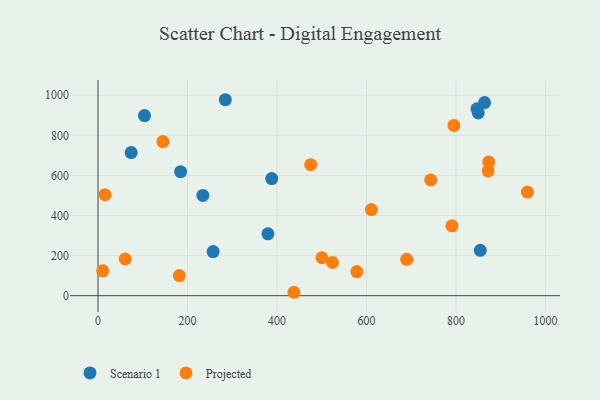
{"axis": {"x": "Ad Spend", "y": "Exam Score"}, "legend": ["Projected", "Scenario 1"], "data": [{"x": "847.0", "y": 932.8, "type": "Scenario 1"}, {"x": "74.1", "y": 714.2, "type": "Scenario 1"}, {"x": "863.9", "y": 963.6, "type": "Scenario 1"}, {"x": "257.3", "y": 220.1, "type": "Scenario 1"}, {"x": "184.6", "y": 618.7, "type": "Scenario 1"}, {"x": "388.3", "y": 584.1, "type": "Scenario 1"}, {"x": "234.3", "y": 500.5, "type": "Scenario 1"}, {"x": "379.8", "y": 308.7, "type": "Scenario 1"}, {"x": "103.9", "y": 898.7, "type": "Scenario 1"}, {"x": "854.4", "y": 226.6, "type": "Scenario 1"}, {"x": "849.8", "y": 911.5, "type": "Scenario 1"}, {"x": "284.5", "y": 977.7, "type": "Scenario 1"}, {"x": "873.2", "y": 667.6, "type": "Projected"}, {"x": "437.9", "y": 17.1, "type": "Projected"}, {"x": "689.9", "y": 181.5, "type": "Projected"}, {"x": "475.3", "y": 653.5, "type": "Projected"}, {"x": "144.9", "y": 769.0, "type": "Projected"}, {"x": "743.5", "y": 577.4, "type": "Projected"}, {"x": "795.4", "y": 849.7, "type": "Projected"}, {"x": "10.3", "y": 124.2, "type": "Projected"}, {"x": "578.4", "y": 120.3, "type": "Projected"}, {"x": "524.0", "y": 165.8, "type": "Projected"}, {"x": "959.6", "y": 517.1, "type": "Projected"}, {"x": "500.4", "y": 189.3, "type": "Projected"}, {"x": "181.7", "y": 100.3, "type": "Projected"}, {"x": "791.0", "y": 348.5, "type": "Projected"}, {"x": "60.8", "y": 183.1, "type": "Projected"}, {"x": "610.9", "y": 429.5, "type": "Projected"}, {"x": "15.5", "y": 503.9, "type": "Projected"}, {"x": "871.9", "y": 622.7, "type": "Projected"}]}